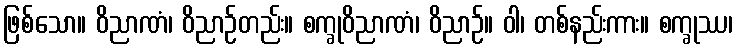
ဖြစ်သော။ ဝိညာဏံ၊ ဝိညာဉ်တည်း။ စက္ခုဝိညာဏံ၊ ဝိညာဉ်။ ဝါ၊ တစ်နည်းကား။ စက္ခုဿ၊